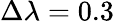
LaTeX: \Delta\lambda=0.3